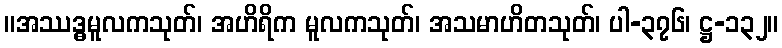
။အဿဒ္ဓမူလကသုတ်၊ အဟိရိက မူလကသုတ်၊ အသမာဟိတသုတ်၊ ပါ-၃၇၆၊ ဋ္ဌ-၁၃၂။